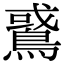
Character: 𪂵